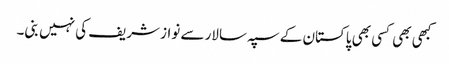
کبھی بھی کسی بھی پاکستان کے سپہ سالار سے نواز شریف کی نہیں بنی۔